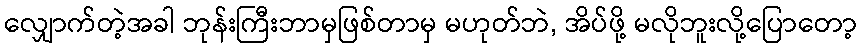
လျှောက်တဲ့အခါ ဘုန်းကြီးဘာမှဖြစ်တာမှ မဟုတ်ဘဲ, အိပ်ဖို့ မလိုဘူးလို့ပြောတော့